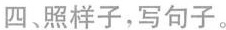
四、照样子，写句子。